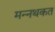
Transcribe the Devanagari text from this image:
मन्नथकत